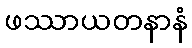
ဖဿာယတနာနံ